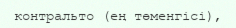
контральто (ең төменгісі),